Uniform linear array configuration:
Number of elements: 64
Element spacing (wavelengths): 1
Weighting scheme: hann
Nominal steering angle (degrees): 0
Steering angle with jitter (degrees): -0.1016
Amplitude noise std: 0.05
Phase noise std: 0.05

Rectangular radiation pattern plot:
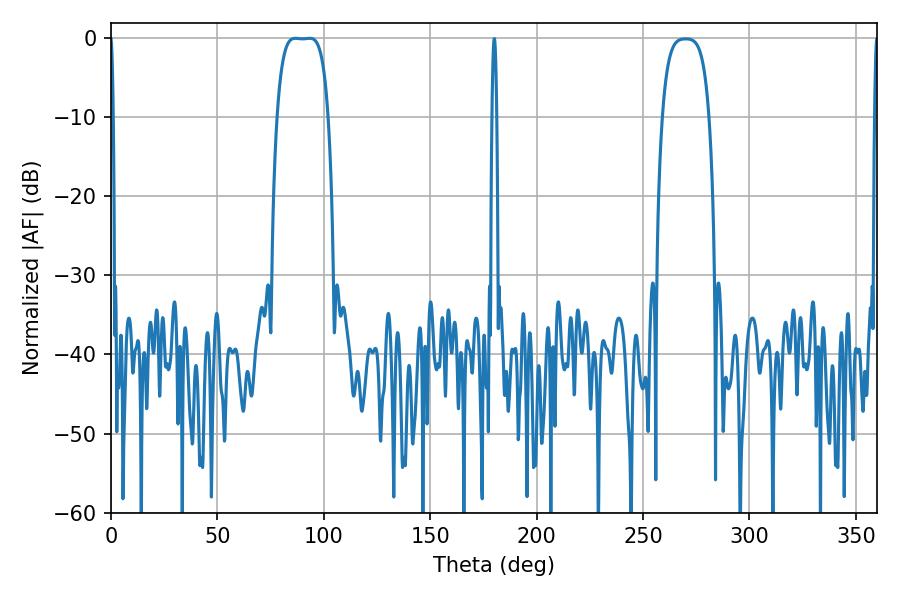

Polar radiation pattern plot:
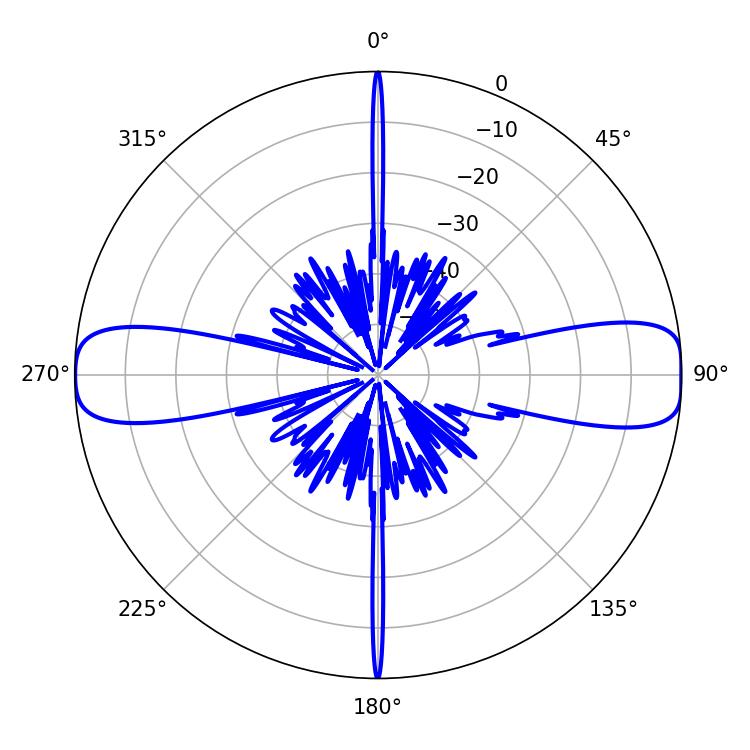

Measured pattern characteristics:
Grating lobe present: TRUE
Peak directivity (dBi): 15.877
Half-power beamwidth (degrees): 18.36
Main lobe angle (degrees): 86.58